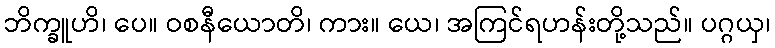
ဘိက္ခူဟိ၊ ပေ။ ဝစနီယောတိ၊ ကား။ ယေ၊ အကြင်ရဟန်းတို့သည်။ ပဂ္ဂယှ၊